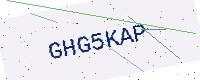
Text: GHG5KAP